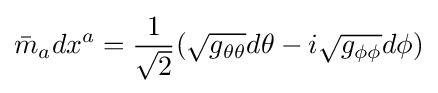
{\bar {m}}_{a}dx^{a}={\frac {1}{\sqrt {2}}}({\sqrt {g_{\theta \theta }}}d\theta -i{\sqrt {g_{\phi \phi }}}d\phi )